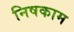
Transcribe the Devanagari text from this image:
निषकाम